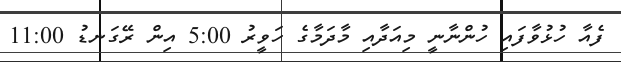
ފެއާ ހުޅުވާފައި ހުންނާނީ މިއަދާއި މާދަމާގެ ހަވީރު 5:00 އިން ރޭގަނޑު 11:00